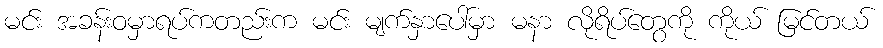
မင်း အခန်းဝမှာရပ်ကတည်းက မင်း မျက်နှာပေါ်မှာ မနာ လိုရိပ်တွေကို ကိုယ် မြင်တယ်